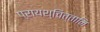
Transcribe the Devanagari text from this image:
प्रायश्चित्तानि